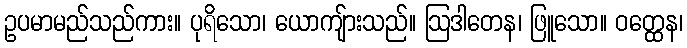
ဥပမာမည်သည်ကား။ ပုရိသော၊ ယောကျ်ားသည်။ ဩဒါတေန၊ ဖြူသော။ ဝတ္ထေန၊